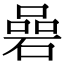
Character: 碞